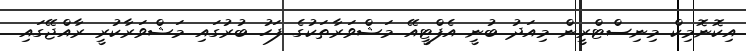
އިކޮނޮމިކް މިނިސްޓްރީން މިއަދު ބުނީ އެފްޓީއޭ މަޝްވަރާތަކުގެ ފަހު ބުރުގައި މަޝްވަރާކުރީ ރާއްޖޭގައި